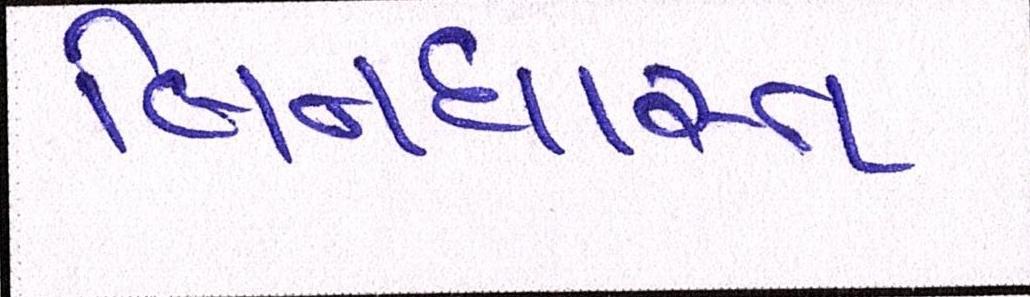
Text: બિનધાસ્ત